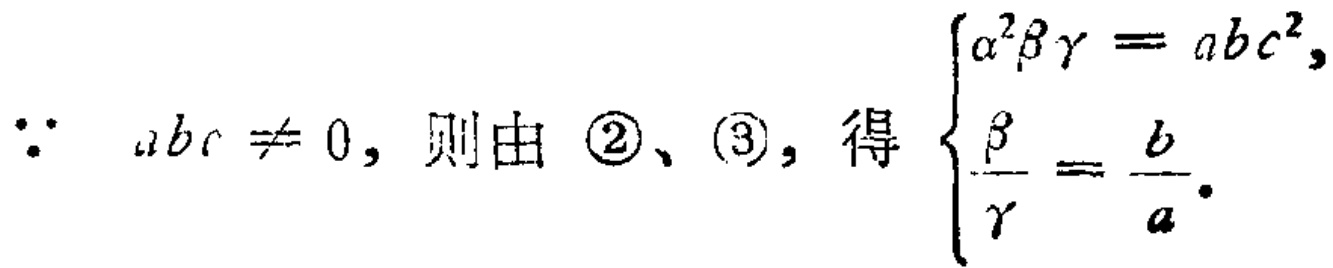
\(\because abc\neq 0, 则由 \textcircled{2}、\textcircled{3}, 得 \begin{cases}
\alpha^{2}\beta\gamma = abc^{2},\\
\dfrac{\beta}{\gamma}=\dfrac{b}{a}.
\end{cases}\)